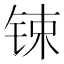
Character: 𨱈